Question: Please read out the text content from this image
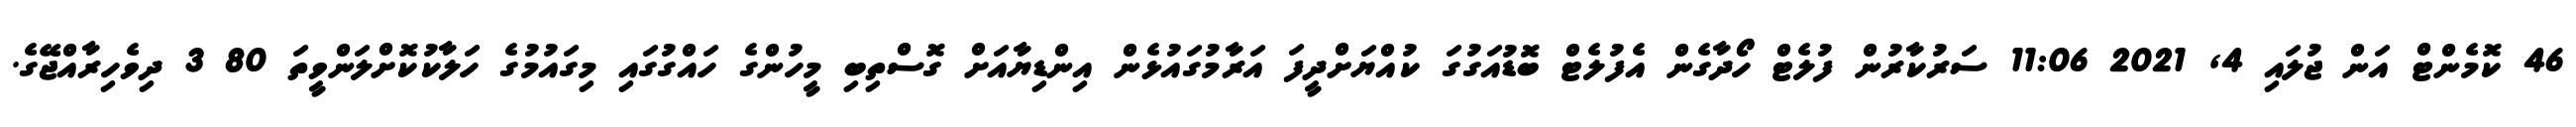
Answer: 46 ކޮމެންޓް އަން ޖުލައި 4, 2021 11:06 ސަރުކާރުން ފުލެޓް ހޯދާގެން އެފުލެޓް ބޮޑުއަގުގަ ކުއްޔަށްދީފަ އަރާމުގައުޅެން އިންޑިޔާއަށް ގޮސްތިބި މީހުންގެ ހައްގުގައި މިގައުމުގެ ހަލާކުކޮށްލަންވީތަ 80 3 ދިވެހިރާއްޖޭގެ.